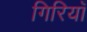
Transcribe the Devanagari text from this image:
गिरियाँ